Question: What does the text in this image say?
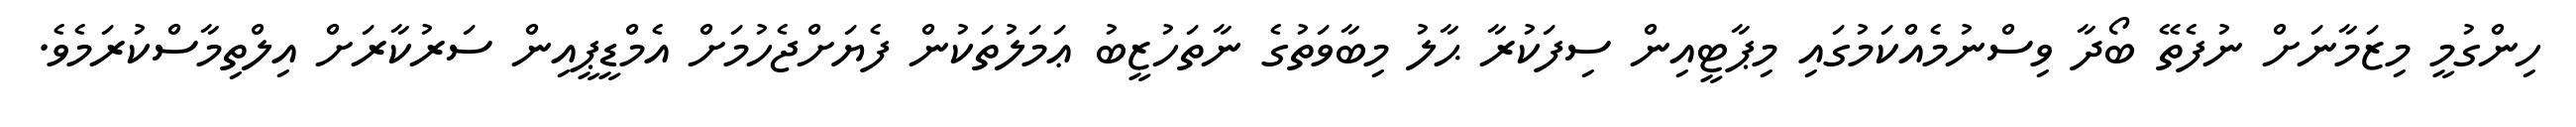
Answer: ހިންގުމީ މިޒަމާނަށް ނުފެތޭ ބޯދާ ވިސްނުމެއްކަމުގައި މިޕާޓީއިން ސިފަކުރާ ޙާލު މިބާވަތުގެ ނާތަހުޒީބު ޢަމަލުތަކުން ފެޔަށްޖެހުމަށް އެމްޑީޕީއިން ސަރުކާރަށް އިލްތިމާސްކުރަމެވެ.